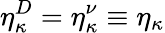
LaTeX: \eta_{\kappa}^{D}=\eta_{\kappa}^{\nu}\equiv\eta_{\kappa}